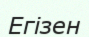
Егізен